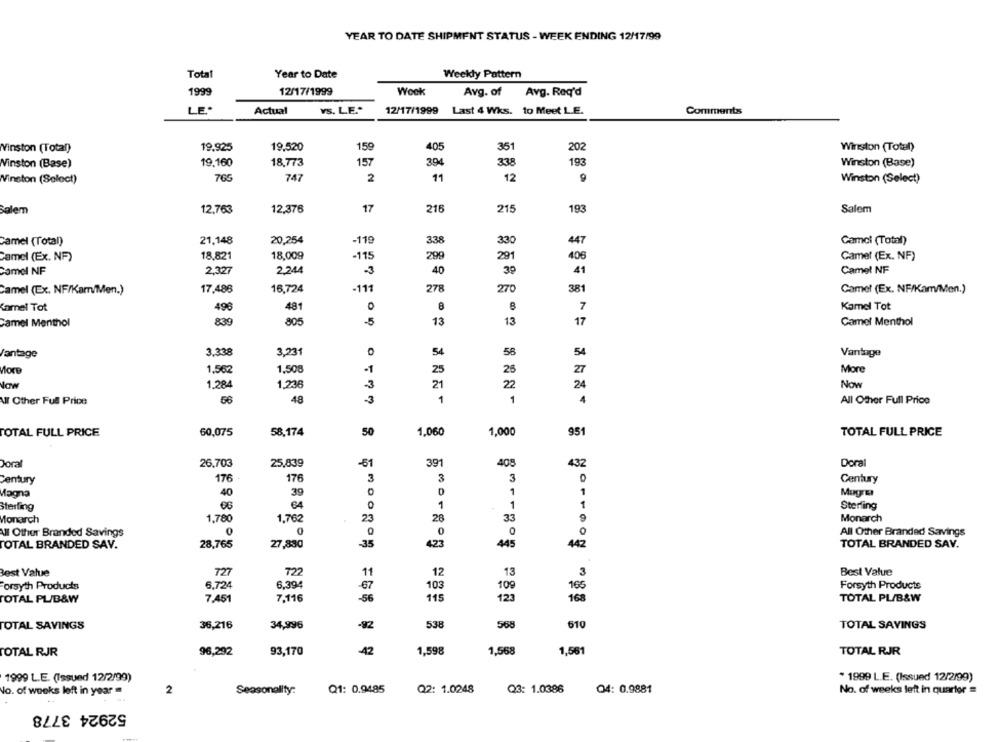
YEAR TO DATE SHIPMENT STATUS - WEEK ENDING 12/17/99
Total
Year to Date
Weekly Pattern
1999
12/17/1999
Week
Avg. of
Avg. Req'd
LE .*
Actual
VS. LE."
12/17/1999
Last 4 Wks. to Meet L.E.
Comments
Vinston (Total)
19.925
19,520
159
405
351
202
Winston (Total)
Winston (Base)
19.160
18,773
157
394
338
193
Winston (Base)
765
747
2
11
12
Winston (Select)
Winston (Select)
215
Salem
12,763
12,376
17
215
193
Salem
Camel (Total)
21,148
20,254
-119
338
330
447
Camel (Total)
Camel (Ex. NF)
18,821
18,009
-115
299
291
406
Camel (Ex. NF)
Camel NF
2,327
2.244
-3
40
30
41
Camel NF
17,488
16,724
-111
278
270
381
Camel (Ex. NF/Kam/Men.)
Camel (Ex. NF/Kam/Men.)
Camel Tot
496
481
7
Kamel Tot
Camel Menthol
839
805
-5
13
13
17
Camel Menthol
Fantage
3.338
3.231
54
58
54
Vantage
More
1,562
1,508
-1
25
26
27
More
Now
1.284
1,236
-3
21
22
24
Now
UI Other Full Price
56
48
-3
1
1
4
All Other Full Price
50
TOTAL FULL PRICE
60,075
58,174
1,060
1,000
951
TOTAL FULL PRICE
Doral
26,703
25,839
-61
391
408
432
Doral
Century
176
176
3
3
3
0
Century
Magna
40
39
1
Magre
64
1
Sterling
Sterling
1
Monarch
1,780
1.762
23
28
33
9
Monarch
All Other Branded Savings
0
0
0
All Other Branded Savings
TOTAL BRANDED SAV.
28,765
27,880
-35
427
445
42
TOTAL BRANDED SAV.
Best Value
727
722
12
13
Best Value
11
,3
Forsyth Products
6,724
6,394
-67
103
109
Forsyth Products
165
TOTAL PL/B&W
7.451
7,116
-56
115
123
168
TOTAL PL/B&W
36,216
538
568
TOTAL SAVINGS
34,996
-92
610
TOTAL SAVINGS
TOTAL RJR
96,292
93,170
-42
1,598
1,568
1,561
TOTAL RJR
1999 L.E. (Issued 12/2/99)
* 1999 L.E. (Issued 12/2/99)
No. of weeks left in year
2
Seasonality:
Q1: 0.9485
Q2: 1.0248
Q3: 1.0386
04: 0.9881
No. of weeks left in quarter =
52924 3778